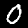
Digit: 0